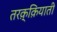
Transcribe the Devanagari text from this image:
तरक़्क़ियाती